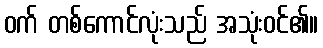
ဝက် တစ်ကောင်လုံးသည် အသုံးဝင်၏။